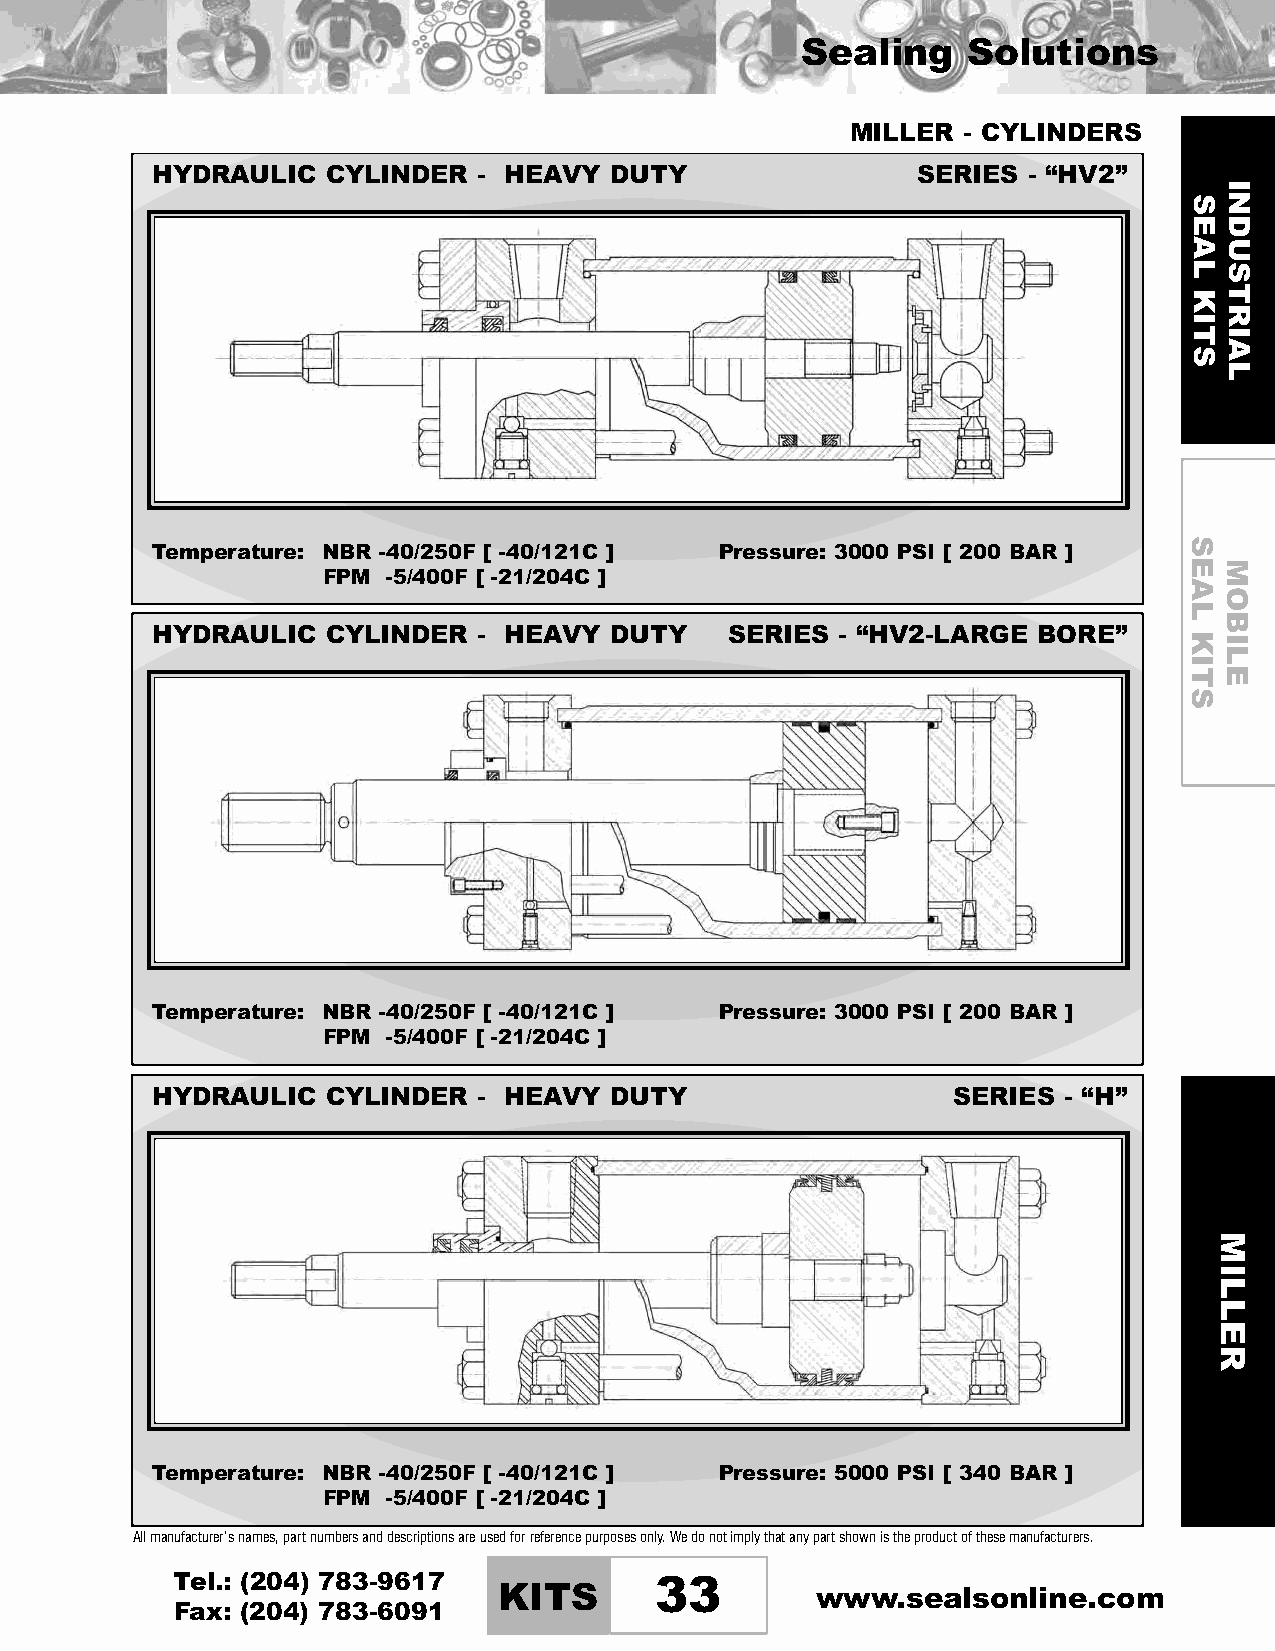
Sealing    Solutions
 MILLER  - CYLINDERS
 HYDRAULIC   CYLINDER  - HEAVY DUTY                 SERIES - “HV2”
 Temperature: NBR -40/250F [ -40/121C ] Pressure: 3000 PSI [ 200 BAR ]
 FPM  -5/400F [ -21/204C ]
 HYDRAULIC   CYLINDER  - HEAVY DUTY    SERIES  - “HV2-LARGE BORE”
 Temperature: NBR -40/250F [ -40/121C ] Pressure: 3000 PSI [ 200 BAR ]
 FPM  -5/400F [ -21/204C ]
 HYDRAULIC   CYLINDER  - HEAVY DUTY                   SERIES - “H”
 Temperature: NBR -40/250F [ -40/121C ] Pressure: 5000 PSI [ 340 BAR ]
 FPM  -5/400F [ -21/204C ]
 Allmanufacturer’snames,partnumbersanddescriptionsareusedforreferencepurposesonly.Wedonotimplythatanypartshownistheproductofthesemanufacturers.
 Tel.: (204) 783-9617
 KITS      33         www.sealsonline.com
 Fax: (204) 783-6091
 SEAL
 KITS
 SEAL
 KITS
 MILLER
 INDUSTRIAL
 MOBILE